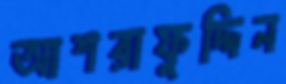
আশরাফুদ্দিন